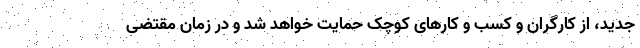
جدید، از کارگران و کسب و کارهای کوچک حمایت خواهد شد و در زمان مقتضی